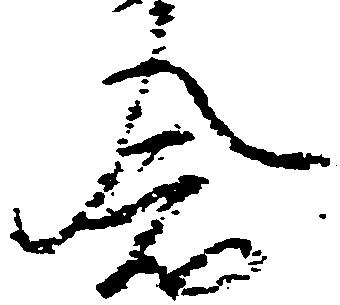
念